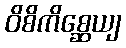
ဝိစိကိစ္ဆေယျ